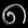
Digit: ၈